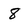
Character: 8